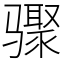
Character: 骤